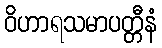
ဝိဟာရသမာပတ္တီနံ